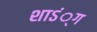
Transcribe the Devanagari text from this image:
शाऽं्ग